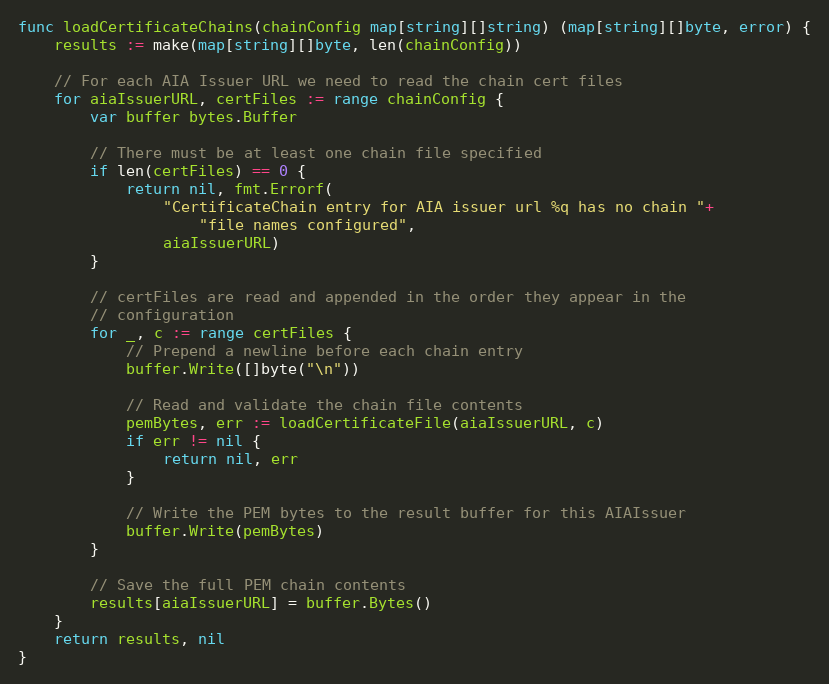
Language: Go
func loadCertificateChains(chainConfig map[string][]string) (map[string][]byte, error) {
	results := make(map[string][]byte, len(chainConfig))

	// For each AIA Issuer URL we need to read the chain cert files
	for aiaIssuerURL, certFiles := range chainConfig {
		var buffer bytes.Buffer

		// There must be at least one chain file specified
		if len(certFiles) == 0 {
			return nil, fmt.Errorf(
				"CertificateChain entry for AIA issuer url %q has no chain "+
					"file names configured",
				aiaIssuerURL)
		}

		// certFiles are read and appended in the order they appear in the
		// configuration
		for _, c := range certFiles {
			// Prepend a newline before each chain entry
			buffer.Write([]byte("\n"))

			// Read and validate the chain file contents
			pemBytes, err := loadCertificateFile(aiaIssuerURL, c)
			if err != nil {
				return nil, err
			}

			// Write the PEM bytes to the result buffer for this AIAIssuer
			buffer.Write(pemBytes)
		}

		// Save the full PEM chain contents
		results[aiaIssuerURL] = buffer.Bytes()
	}
	return results, nil
}